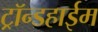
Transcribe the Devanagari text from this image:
ट्रॉन्डहाईम